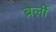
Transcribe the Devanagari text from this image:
ब्रेर्ली